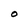
Character: O